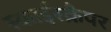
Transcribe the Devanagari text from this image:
स्काईस्क्रैपर